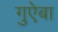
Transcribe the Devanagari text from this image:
गुऐबा